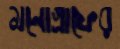
মনোগ্রাফের